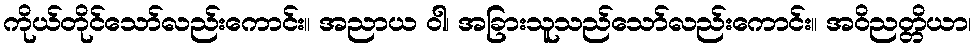
ကိုယ်တိုင်သော်လည်းကောင်း။ အညာယ ဝါ၊ အခြားသူသည်သော်လည်းကောင်း။ အဝိညတ္တိယာ၊